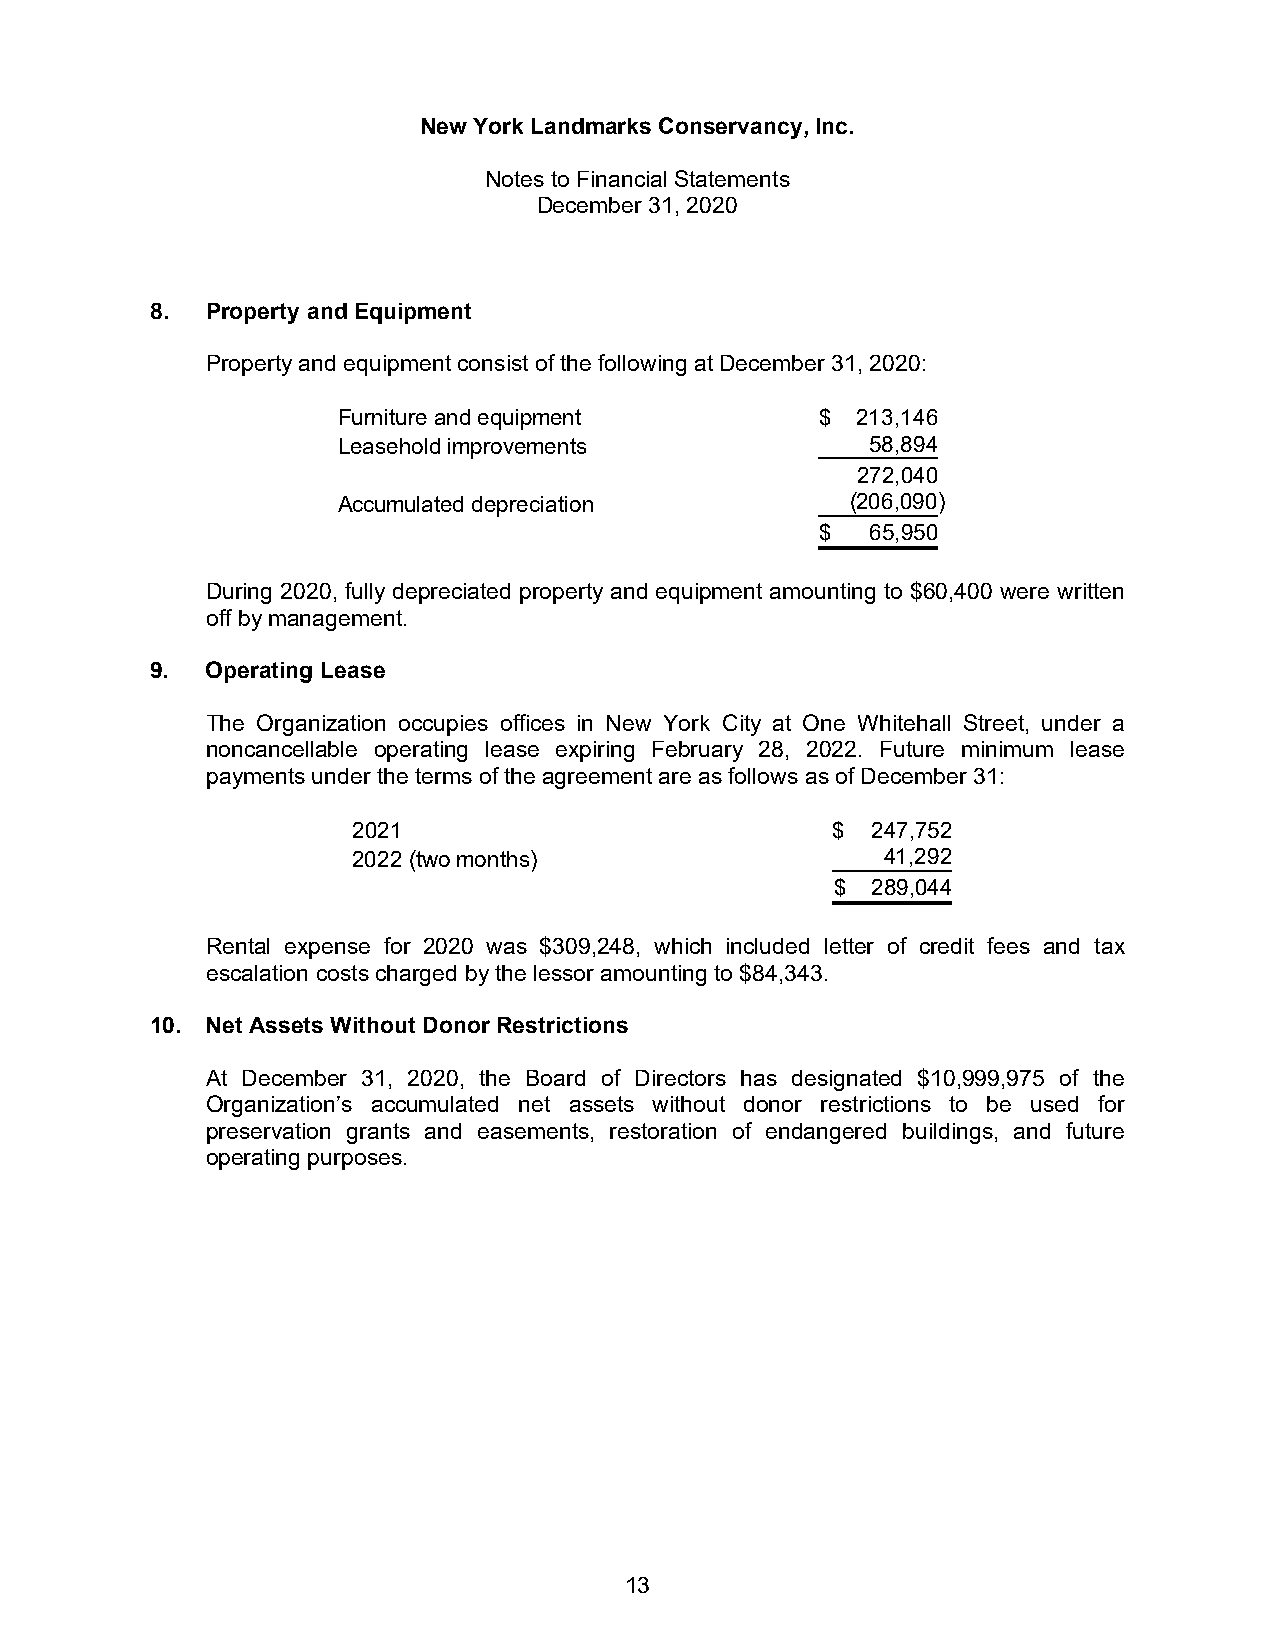
New York Landmarks Conservancy, Inc.
 Notes to Financial Statements
 December 31, 2020
 8.  Property and Equipment
 Property and equipment consist of the following at December 31, 2020:
 Furniture and equipment         $  2 13,146
 Leasehold improvements              58,894
 272,040
 Accumulated depreciation          (206,090)
 $   6 5,950
 During 2020, fully depreciated property and equipment amounting to $60,400 were written
 off by management.
 9.  Operating Lease
 The Organization occupies offices in New York City at One Whitehall Street, under a
 noncancellable operating lease expiring February 28, 2022. Future minimum lease
 payments under the terms of the agreement are as follows as of December 31:
 2021                            $  247,752
 2022 (two months)                   41,292
 $  289,044
 Rental expense for 2020 was $309,248, which included letter of credit fees and tax
 escalation costs charged by the lessor amounting to $84,343.
 10. Net Assets Without Donor Restrictions
 At December 31, 2020, the Board of Directors has designated $10,999,975 of the
 Organization’s accumulated net assets without donor restrictions to be used for
 preservation grants and easements, restoration of endangered buildings, and future
 operating purposes.
 13